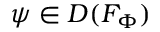
\psi \in D ( F _ { \Phi } )